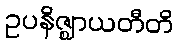
ဥပနိဇ္ဈာယတီတိ